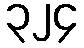
၃၂၄